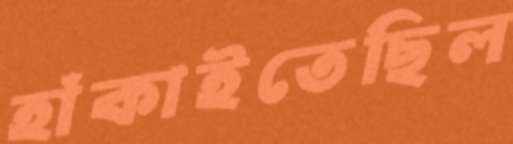
হাঁকাইতেছিল